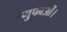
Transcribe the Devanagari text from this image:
गुफाओं।